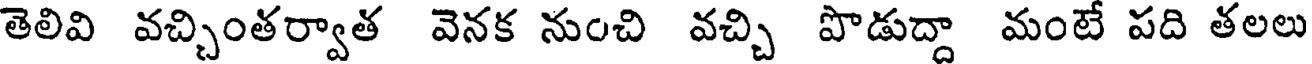
తెలివి వచ్చింతర్వాత వెనక నుంచి వచ్చి పొడుద్దా మంటే పది తలలు